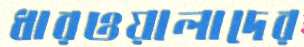
ধারওয়ালাদের